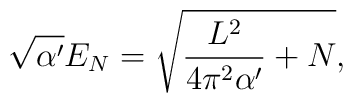
\sqrt{\alpha'}E_N=\sqrt{\frac{L^2}{4\pi^2\alpha'}+N},